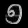
Digit: ၅